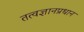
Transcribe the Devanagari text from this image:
तत्वज्ञानप्रधान